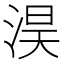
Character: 淏